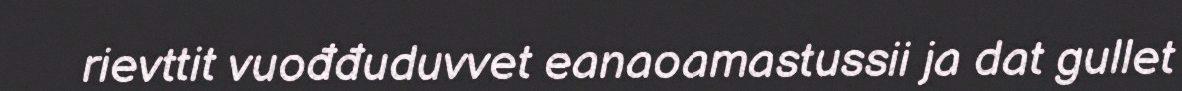
rievttit vuođđuduvvet eanaoamastussii ja dat gullet